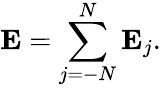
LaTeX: \mathbf{E}=\sum_{j=-N}^{N}\mathbf{E}_{j}.